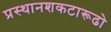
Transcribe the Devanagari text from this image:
प्रस्थानशकटारूढो